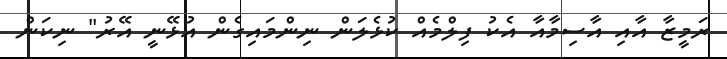
ރަމީޒާ އާއި އާސިމާއާ އެކު ފިލްމެއް ކުޅެލަން ނިންމައިގެން އުޅޭނީ އޭރު" ނިކަން